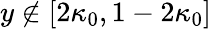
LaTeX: y\notin[2\kappa_{0},1-2\kappa_{0}]